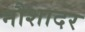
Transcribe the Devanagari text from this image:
नौशादर